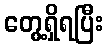
တွေ့ရှိရပြီး